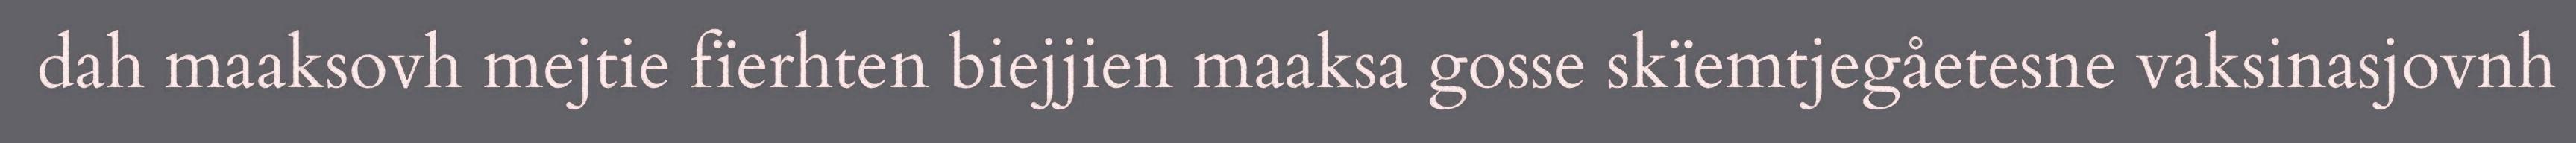
dah maaksovh mejtie fïerhten biejjien maaksa gosse skïemtjegåetesne vaksinasjovnh